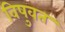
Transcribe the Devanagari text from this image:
विषुवत